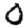
Digit: 0